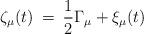
LaTeX: \begin{align*}\zeta_{\mu}(t) \> = \>\frac{1}{2 } \Gamma_{\mu} + \xi_{\mu}(t) \end{align*}